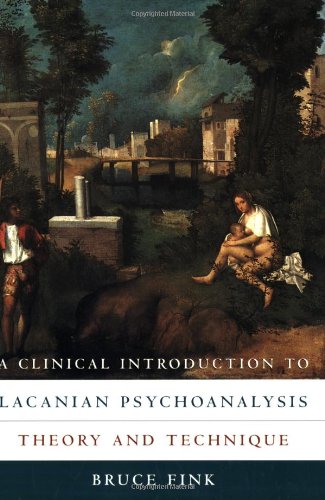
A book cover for A Clinical Introduction to Lacanian Psychoanalysis: Theory and Technique; Bruce Fink; Medical Books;